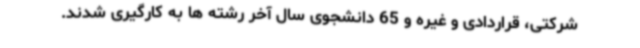
شرکتی، قراردادی و غیره و 65 دانشجوی سال آخر رشته ها به کارگیری شدند.